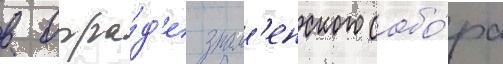
в огра́д'е знам'енского собо́ра